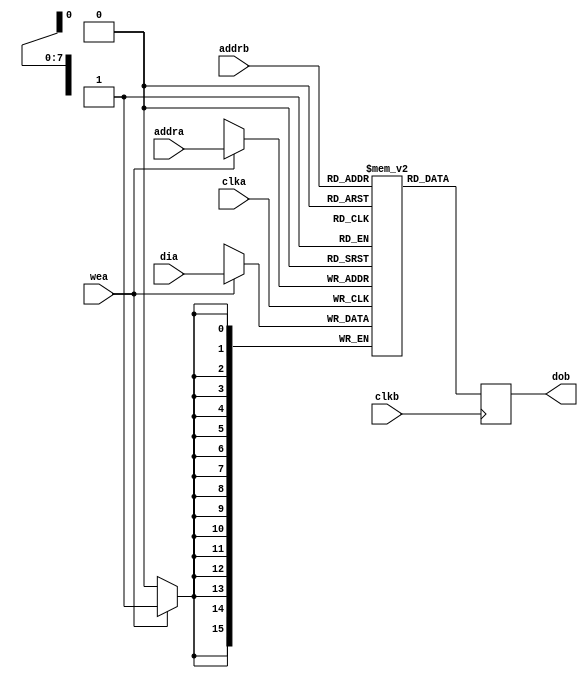

module dualportram_8x16_8x16(clka, clkb, wea, addra, addrb, dia, dob);
    input             clka;
    input             clkb;
    input             wea;
    input      [ 7:0] addra;
    input      [ 7:0] addrb;
    input      [15:0] dia;
    output reg [15:0] dob;
    reg        [15:0] RAM0 [255:0];
        
    always @(posedge clka)
    begin
        if (wea == 1'b1)
            RAM0[addra[7:0]] <= dia;
    end
    
    always @(posedge clkb)
    begin
        dob <= RAM0[addrb];
    end
endmodule

module dualportram_10x8_7x64(clka, clkb, wea, addra, addrb, dia, dob);
    input             clka;
    input             clkb;
    input             wea;
    input      [ 9:0] addra;
    input      [ 6:0] addrb;
    input      [ 7:0] dia;
    output     [63:0] dob;
    reg        [7:0] RAM0 [127:0];
    reg        [7:0] RAM1 [127:0];
    reg        [7:0] RAM2 [127:0];
    reg        [7:0] RAM3 [127:0];
    reg        [7:0] RAM4 [127:0];
    reg        [7:0] RAM5 [127:0];
    reg        [7:0] RAM6 [127:0];
    reg        [7:0] RAM7 [127:0];
    
    
    
    always @(posedge clka)
    begin
        if (wea == 1'b1) begin
	        case (addra[2:0])
	                3'b000 : RAM0[addra[9:3]] <= dia;
	                3'b001 : RAM1[addra[9:3]] <= dia;
	                3'b010 : RAM2[addra[9:3]] <= dia;
	                3'b011 : RAM3[addra[9:3]] <= dia;
					3'b100 : RAM4[addra[9:3]] <= dia;
	                3'b101 : RAM5[addra[9:3]] <= dia;
	                3'b110 : RAM6[addra[9:3]] <= dia;
	                3'b111 : RAM7[addra[9:3]] <= dia;
	        endcase
        end
    end
    
	reg [7:0] byte7;
	reg [7:0] byte6;
	reg [7:0] byte5;
	reg [7:0] byte4;
	reg [7:0] byte3;
	reg [7:0] byte2;
	reg [7:0] byte1;
	reg [7:0] byte0;
	
    always @(posedge clkb)
    begin
		byte7 <= RAM7[addrb];
		byte6 <= RAM6[addrb];
		byte5 <= RAM5[addrb];
		byte4 <= RAM4[addrb];
		byte3 <= RAM3[addrb];
		byte2 <= RAM2[addrb];
		byte1 <= RAM1[addrb];
		byte0 <= RAM0[addrb];
		
	end
	
	assign dob = {byte7, byte6, byte5, byte4, byte3, byte2, byte1, byte0 };
	
endmodule